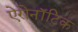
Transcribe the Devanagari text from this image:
ऐरोनॉटिक